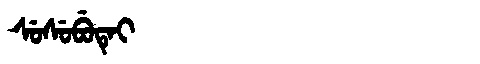
Manchu: ᠰᡠᠰᡠᠪᡠᡨᡝᡳ
Romanization: SUSUBUTEI